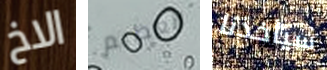
الاخ العظيم سيأخذنا